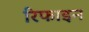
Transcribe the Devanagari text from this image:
रिफाइन